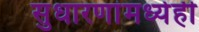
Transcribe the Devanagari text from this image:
सुधारणांमध्येही